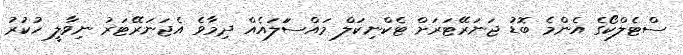
ސްޓެލްކޯގެ އެންމެ ބޮޑު ޖަނަރޭޓަރަށް ޓެކްނިކަލް މައްސަަލައެއް ދިމާވެ އެޖަނަރޭޓަރު ނިވާލީ ހުކުރު